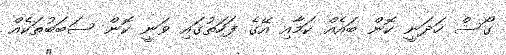
ގޯސް ހަދަނީ ކޮން ބައެއް ކަމާއި އޭގެ ފަހަތުގައި ވަނީ ކޮން ސަބަބުތަކެއް